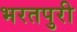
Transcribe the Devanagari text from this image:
भरतपुरी